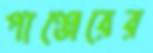
পাঞ্জেরের